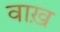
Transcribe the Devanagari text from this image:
वाख़